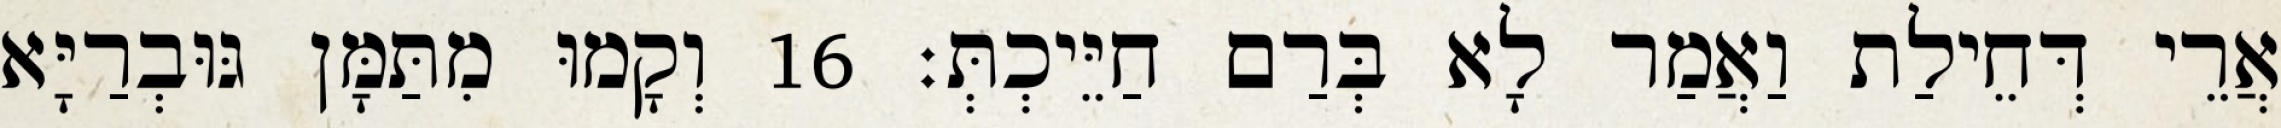
אֲרֵי דְּחֵילַת וַאֲמַר לָא בְּרַם חַיֵּיכְתְּ׃ 16 וְקָמוּ מִתַּמָּן גּוּבְרַיָּא